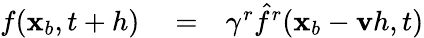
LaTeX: \begin{array}{rlr}{f(\mathbf x_{b},t+h)}&{{}=}&{\gamma^{r}\hat{f}^{r}(\mathbf x_{b}-\mathbf vh,t)}\end{array}